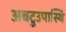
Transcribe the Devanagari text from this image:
अबटुउपास्थि